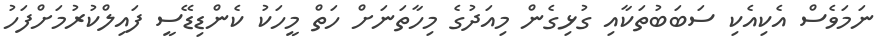
ނަމަވެސް އެކިއެކި ސަބަބުތަކާއި ގުޅިގެން މިއަދުގެ މިހާތަނަށް ހަތް މީހަކު ކެންޑިޑޭސީ ފައިލްކުރުމަށްފަހު